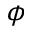
\phi